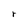
Character: r